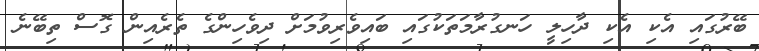
ބޭރުގައި އެކި އެކި ދާހިލީ ހަނގުރާމަތަކުގައި ބައިވެރިވުމަށް ދިވެހިންގެ ތެރެއިން ގޮސް ތިބޭނެ